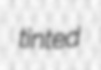
tinted